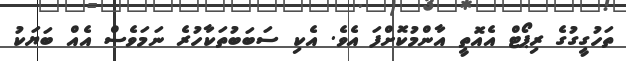
ތަހުގީގުގެ ރިޕޯޓް އެއޮތީ އާންމުކޮށްފަ އެވެ. އެކި ސަބަބުތަކާހުރެ ނަމަވެސް އެއް ބަޔަކު